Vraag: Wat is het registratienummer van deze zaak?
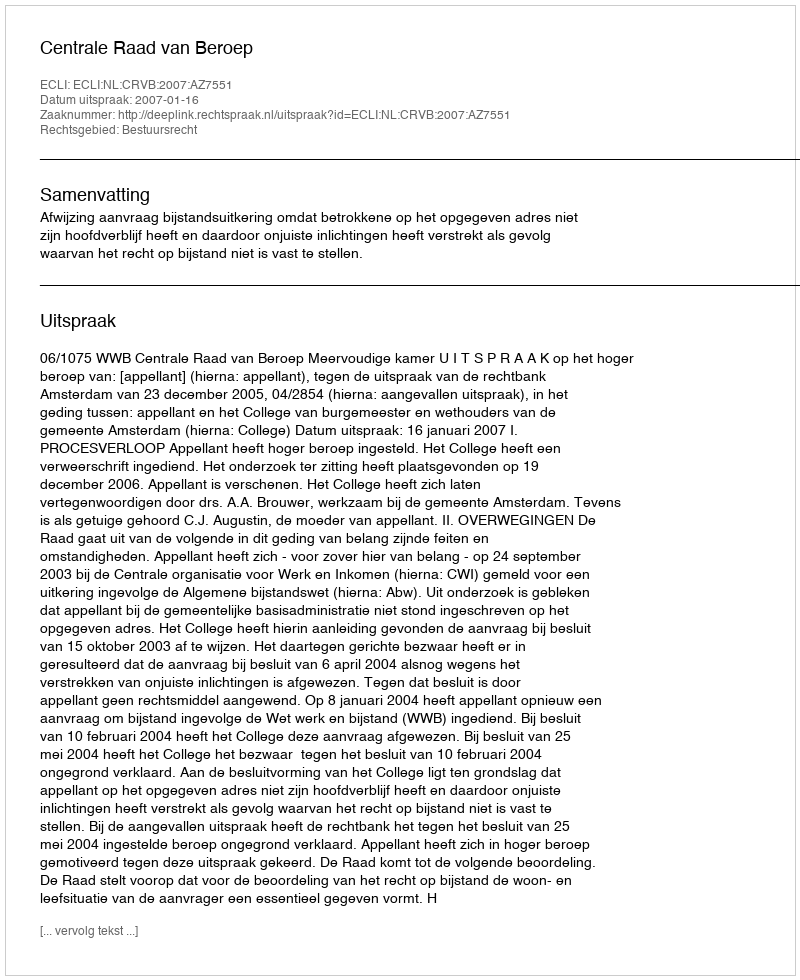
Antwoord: http://deeplink.rechtspraak.nl/uitspraak?id=ECLI:NL:CRVB:2007:AZ7551